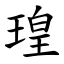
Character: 瑝